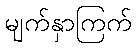
မျက်နှာကြက်